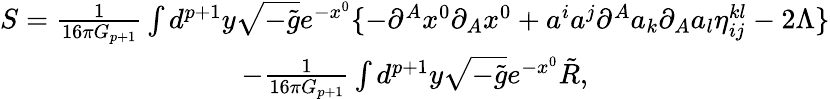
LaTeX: \begin{array}{c}{{S=\frac 1{16\pi G_{p+1}}\int d^{p+1}y\sqrt{-\tilde{g}}e^{-x^{0}}\{ -\partial^{A}x^{0}\partial_{A}x^{0}+a^{i}a^{j}\partial^{A}a_{k}\partial_{A}a_{l}\eta_{ij}^{kl}-2\Lambda\} }}\\ {{-\frac 1{16\pi G_{p+1}}\int d^{p+1}y\sqrt{-\tilde{g}}e^{-x^{0}}\tilde{R},}}\end{array}